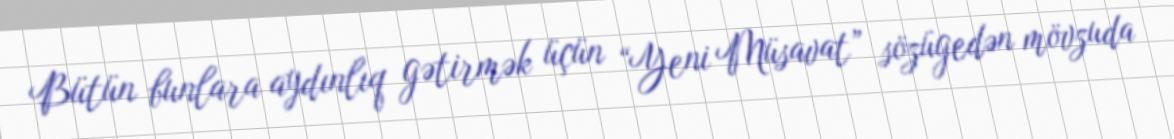
Bütün bunlara aydınlıq gətirmək üçün “Yeni Müsavat” sözügedən mövzuda